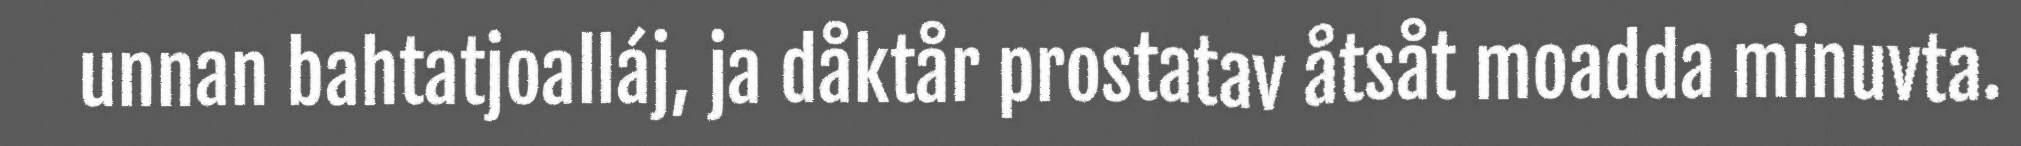
unnan bahtatjoalláj, ja dåktår prostatav åtsåt moadda minuvta.